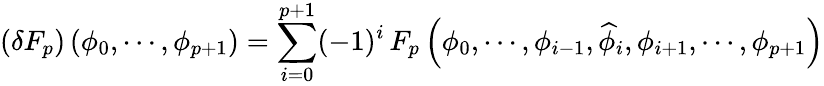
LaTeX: \left(\delta F_{p}\right)\left(\phi_{0},\cdots,\phi_{p+1}\right)=\sum_{i=0}^{p+1}(-1)^{i}\, F_{p}\left(\phi_{0},\cdots,\phi_{i-1},\widehat{\phi}_{i},\phi_{i+1},\cdots,\phi_{p+1}\right)